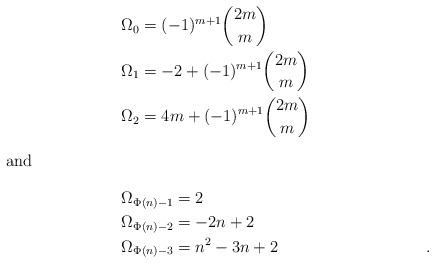
LaTeX: \begin{align*}&\Omega_0= (-1)^{m+1} {2m \choose m}& & \\&\Omega_1= -2+ (-1)^{m+1} {2m \choose m}& &\\&\Omega_2=4m+ (-1)^{m+1} {2m \choose m}& & \\\intertext{and}&\Omega_{\Phi(n)-1}= 2& & \\&\Omega_{\Phi(n)-2}=-2n+2& & \\&\Omega_{\Phi(n)-3}= n^2-3n+2& &.\end{align*}